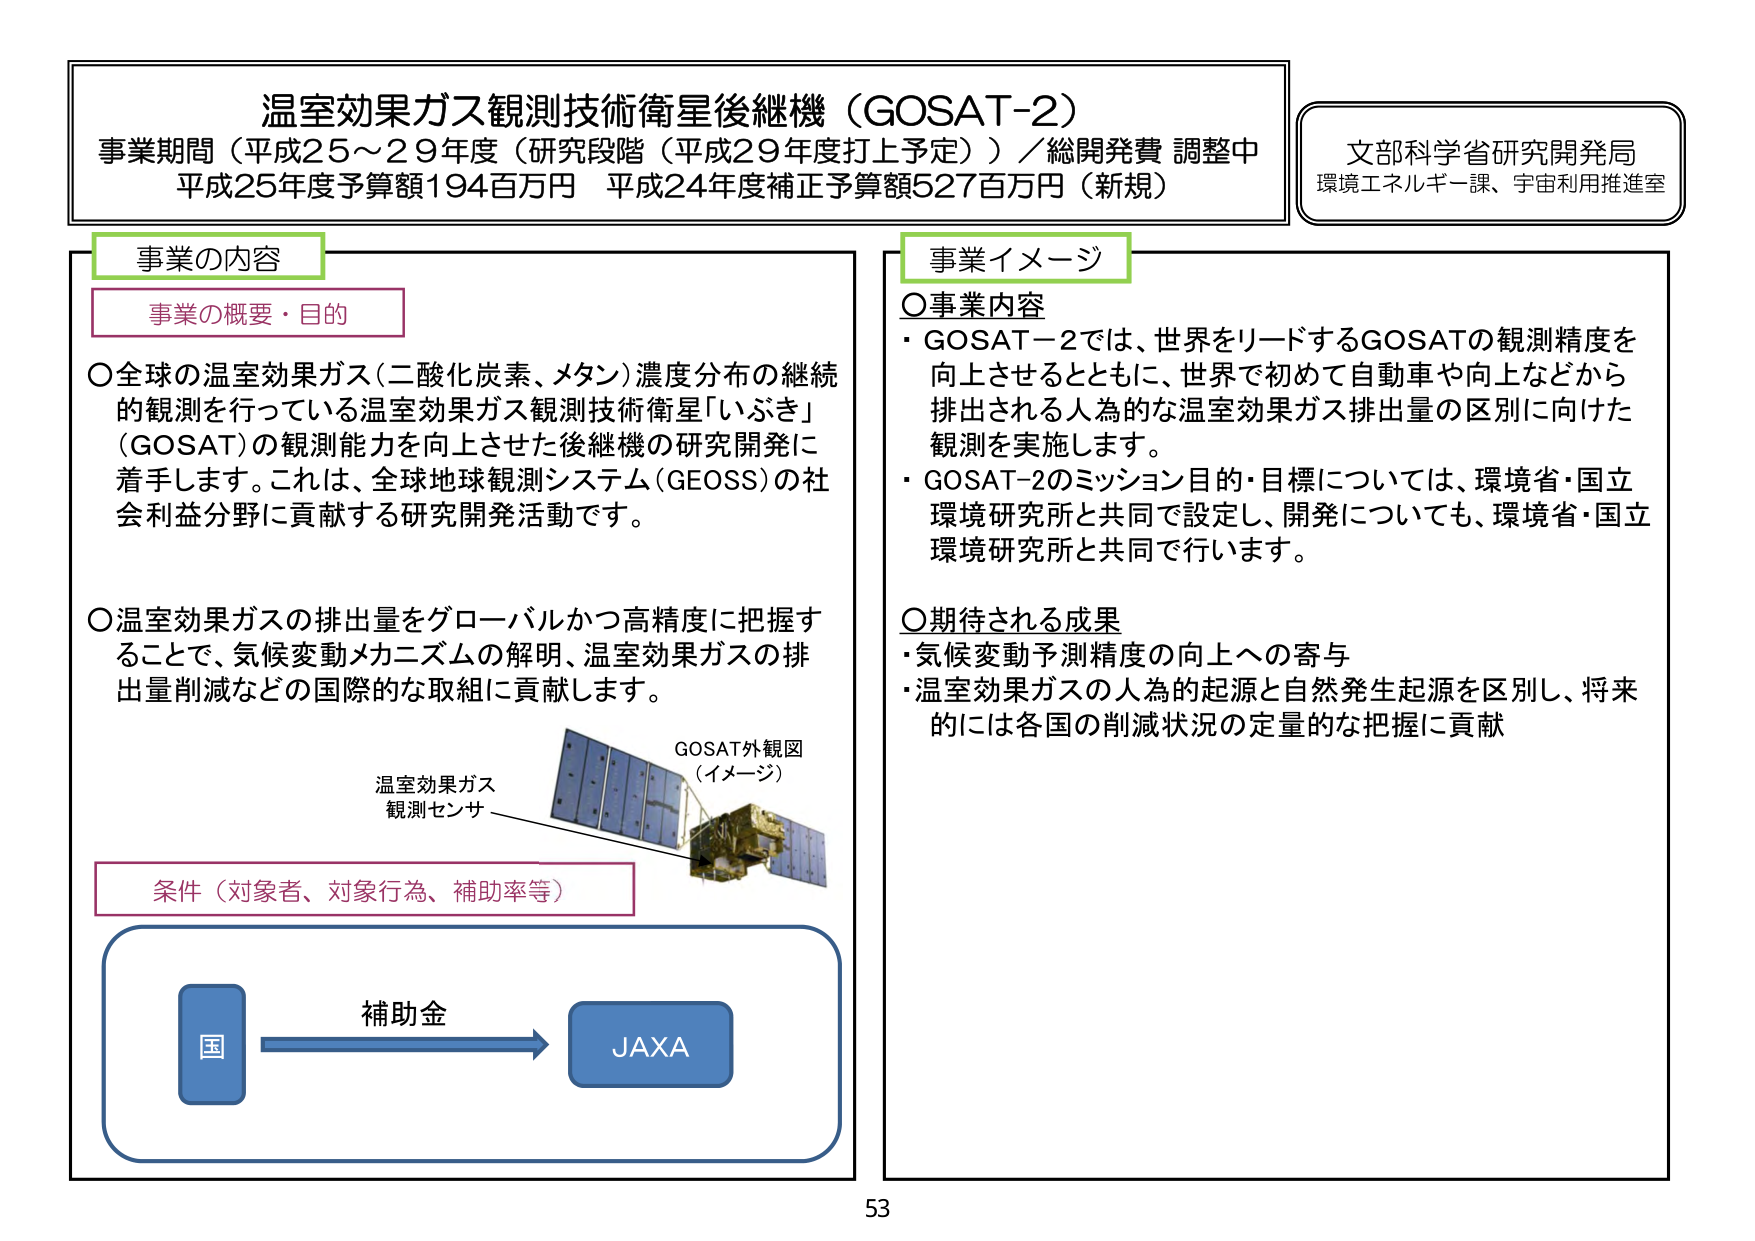
温室効果ガス観測技術衛星後継機（GOSAT-2）
事業期間（平成25～29年度（研究段階（平成29年度打上予定））／総開発費 調整中
平成25年度予算額194百万円 平成24年度補正予算額527百万円（新規）

文部科学省研究開発局
環境エネルギー課、宇宙利用推進室

事業の内容
事業の概要・目的
〇全球の温室効果ガス（二酸化炭素、メタン）濃度分布の継続的観測を行っている温室効果ガス観測技術衛星「いぶき」（GOSAT）の観測能力を向上させた後継機の研究開発に着手します。これは、全球地球観測システム（GEOSS）の社会利益分野に貢献する研究開発活動です。
〇温室効果ガスの排出量をグローバルかつ高精度に把握することで、気候変動メカニズムの解明、温室効果ガスの排出量削減などの国際的な取組に貢献します。

条件（対象者、対象行為、補助率等）
国 → 補助金 → JAXA

GOSAT外観図（イメージ）
温室効果ガス観測センサ

事業イメージ
〇事業内容
・GOSAT-2では、世界をリードするGOSATの観測精度を向上させるとともに、世界で初めて自動車や向上などから排出される人為的な温室効果ガス排出量の区別に向けた観測を実施します。
・GOSAT-2のミッション目的・目標については、環境省・国立環境研究所と共同で設定し、開発についても、環境省・国立環境研究所と共同で行います。

〇期待される成果
・気候変動予測精度の向上への寄与
・温室効果ガスの人為的起源と自然発生起源を区別し、将来的には各国の削減状況の定量的な把握に貢献

53